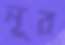
নূর